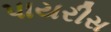
પાયરીસ